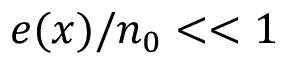
e ( x ) / n _ { 0 } < < 1